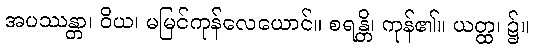
အပဿန္တာ၊ ဝိယ၊ မမြင်ကုန်လေယောင်။ စရန္တိ၊ ကုန်၏။ ယတ္ထ၊ ၌။